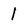
Character: 1